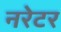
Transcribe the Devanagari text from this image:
नरेटर